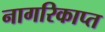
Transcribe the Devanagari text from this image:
नागरिकाप्त